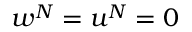
w ^ { N } = u ^ { N } = 0